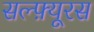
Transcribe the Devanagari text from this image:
सल्फ़्यूरस